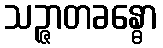
သဉ္ဇာတခန္ဓော